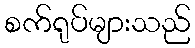
စက်ရုပ်များသည်